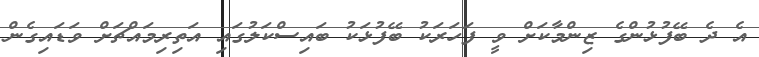
އެ ދެ ބޭފުޅުންގެ ޒިންމާކަށް ވީ ފަހަރަކު ބޭފުޅަކު ބައިސްކަލުގައި އަތިރިމައްޗަށް ވަޑައިގެން